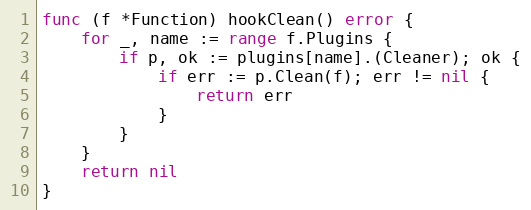
Language: Go
func (f *Function) hookClean() error {
	for _, name := range f.Plugins {
		if p, ok := plugins[name].(Cleaner); ok {
			if err := p.Clean(f); err != nil {
				return err
			}
		}
	}
	return nil
}